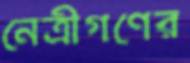
নেত্রীগণের